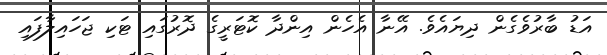
އަޑު ބާރުވެގެން ދިޔައެވެ. އޭނާ އެހެން އިންދާ ކޮޓަރީގެ ދޮރުގައި ޓަކި ޖަހައިލާފައި